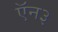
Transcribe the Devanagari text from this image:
ऍन३